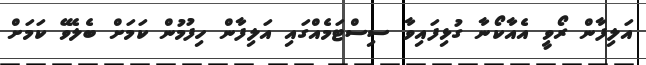
އަލިފާން ރޯވީ އެއާކޯނާ ގުޅިފައިވާ ސިސްޓަމެއްގައި އަލިފާން ހިފުމުން ކަމަށް ބެލެވޭ ކަމަށް